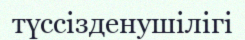
түссізденушілігі